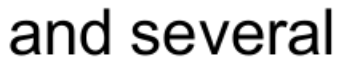
and several